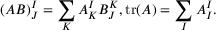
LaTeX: ( A B ) _ { J } ^ { I } = \sum _ { K } A _ { K } ^ { I } B _ { J } ^ { K } , \operatorname { t r } ( A ) = \sum _ { I } A _ { I } ^ { I } .